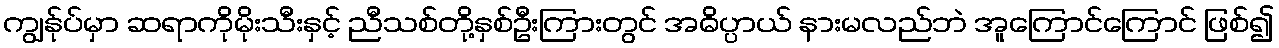
ကျွန်ုပ်မှာ ဆရာကိုမိုးသီးနှင့် ညီသစ်တို့နှစ်ဦးကြားတွင် အဓိပ္ပာယ် နားမလည်ဘဲ အူကြောင်ကြောင် ဖြစ်၍